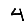
Digit: 4